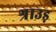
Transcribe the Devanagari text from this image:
श्राउड़